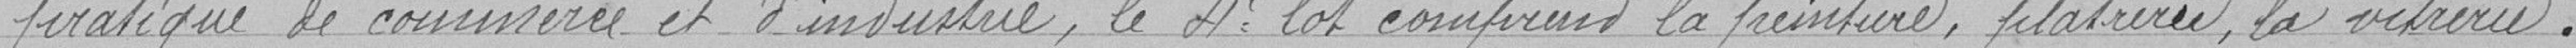
" pratique de commerce et d'industrie, le 4e lot comprend la peinture, plâtrerie, la vitrerie.